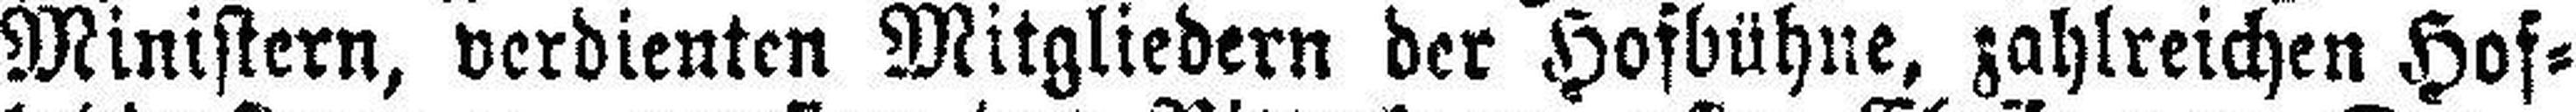
Ministern, verdienten Mitgliedern der Hofbühne, zahlreichen Hof¬